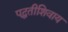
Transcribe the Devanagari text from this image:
पद्धतीशिवाय